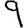
Digit: 9